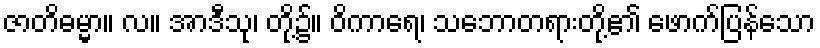
ဇာတိဓမ္မာ။ လ။ အာဒီသု၊ တို့၌။ ဝိကာရေ၊ သဘောတရားတို့၏ ဖောက်ပြန်သော